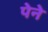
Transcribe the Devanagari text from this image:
पेने